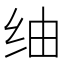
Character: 䌷